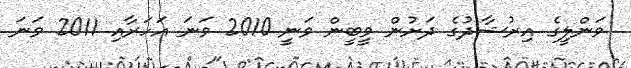
ވަންލީގެ އިރުޝާދުގެ ދަށުން ވީބީން ވަނީ 2010 ވަނަ އަހަރާއި 2011 ވަނަ